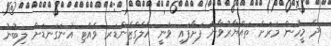
ދެ މީހުން މަރަށް ތައްޔާރުވާން ފަށާފައި ވަނީ އެލެގްޒެންޑަރ ވެއްޓި އުނަގަނޑަށް ލިބުނު